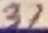
Text: 37